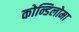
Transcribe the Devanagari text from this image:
कोन्डिलोमा